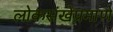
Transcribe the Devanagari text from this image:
लोकसंखेप्रमाणे